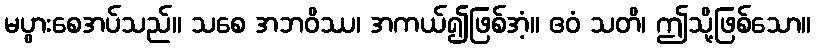
မပွားစေအပ်သည်။ သစေ အဘဝိဿ၊ အကယ်၍ဖြစ်အံ့။ ဧဝံ သတိ၊ ဤသို့ဖြစ်သော။